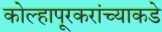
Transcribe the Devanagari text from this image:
कोल्हापूरकरांच्याकडे